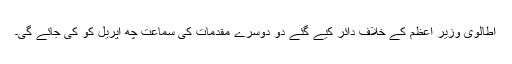
اطالوی وزیر اعظم کے خلاف دائر کیے گئے دو دوسرے مقدمات کی سماعت چھ اپریل کو کی جائے گی۔